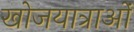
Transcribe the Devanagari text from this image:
खोजयात्राओं